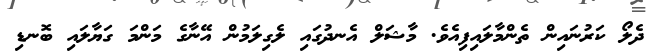
ދެލޯ ކަރުނައިން ތެންމާލައިފިއެވެ. މާޝަލް އެނދުގައި ލެގިލަމުން އޭނާގެ މަންމަ ގަޔާލައި ބޮނޑި